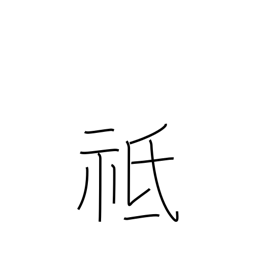
Meaning: respectful